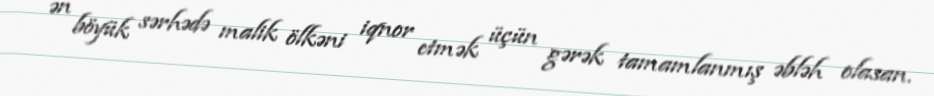
ən böyük sərhədə malik ölkəni iqnor etmək üçün gərək tamamlanmış əbləh olasan.